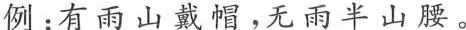
列：有雨山戴帽。无雨半山腰。